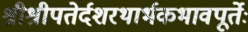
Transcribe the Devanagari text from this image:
श्रीश्रीपतेर्दशरथार्भकभावपूर्तेः